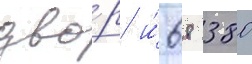
дво́р и́ 68 380